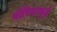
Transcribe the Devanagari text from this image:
बोरियाखुर्द